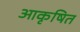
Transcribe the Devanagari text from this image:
आकृषित